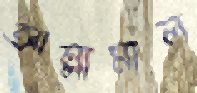
আল্লামাল